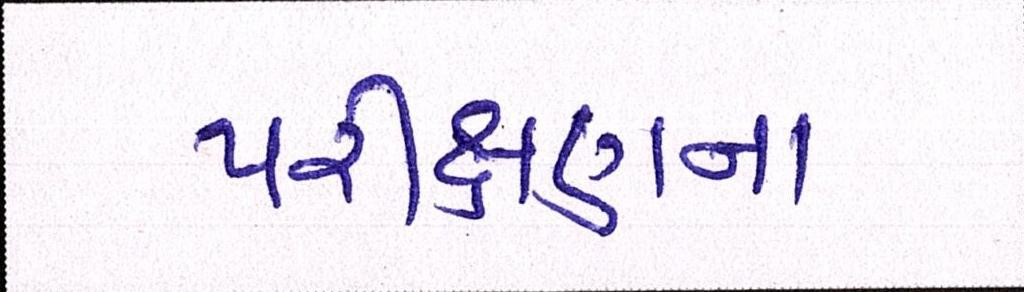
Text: પરીક્ષણના